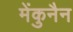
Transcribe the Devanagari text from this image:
मेंकुनैन